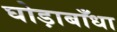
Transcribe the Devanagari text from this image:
घोड़ाबाँधा